Report of the Indian Hemp Drugs Commission, 1894-1895 - Volume I
Year: 1894
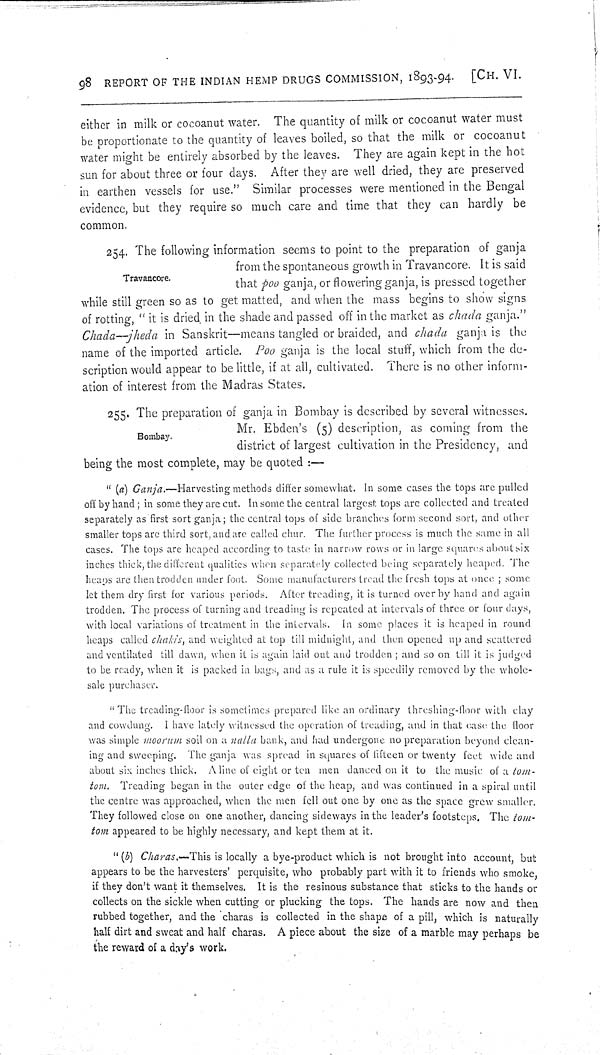
98 REPORT OF THE INDIAN HEMP DRUGS COMMISSION, 1893-94. [CH. VI.
either in milk or cocoanut water. The quantity of milk or cocoanut water must
be proportionate to the quantity of leaves boiled, so that the milk or cocoanut
water might be entirely absorbed by the leaves. They are again kept in the hot
sun for about three or four days. After they are well dried, they are preserved
in earthen vessels for use." Similar processes were mentioned in the Bengal
evidence, but they require so much care and time that they can hardly be
common.
Travancore.
254. The following information seems to point to the preparation of ganja
from the spontaneous growth in Travancore. It is said
that poo ganja, or flowering ganja, is pressed together
while still green so as to get matted, and when the mass begins to show signs
of rotting, "it is dried in the shade and passed off in the market as chada ganja."
Chada—jheda in Sanskrit—means tangled or braided, and chada ganja is the
name of the imported article. Poo ganja is the local stuff, which from the de-
scription would appear to be little, if at all, cultivated. There is no other inform-
ation of interest from the Madras States.
Bombay.
255. The preparation of ganja in Bombay is described by several witnesses.
Mr. Ebden's (5) description, as coming from the
district of largest cultivation in the Presidency, and
being the most complete, may be quoted:—
"(a) Ganja.—Harvesting methods differ somewhat. In some cases the tops are pulled
off by hand; in some they are cut. In some the central largest tops are collected and treated
separately as first sort ganja; the central tops of side branches form second sort, and other
smaller tops arc third sort, and are called chur. The further process is much the same in all
cases. The tops are heaped according to taste in narrow rows or in large squares about six
inches thick, the different qualities when separately collected being separately heaped. The
heaps are then trodden under foot. Some manufacturers tread the fresh tops at once; some
let them dry first for various periods. After treading, it is turned over by hand and again
trodden. The process of turning and treading is repeated at intervals of three or four days,
with local variations of treatment in the intervals. In some places it is heaped in round
heaps called chakis, and weighted at top till midnight, and then opened up and scattered
and ventilated till dawn, when it is again laid out and trodden; and so on till it is judged
to be ready, when it is packed in bags, and as a rule it is speedily removed by the whole-
sale purchaser.
"The treading-floor is sometimes prepared like an ordinary threshing-floor with clay
and cowdung. I have lately witnessed the operation of treading, and in that case the floor
was simple moorum soil on a nalla bank, and had undergone no preparation beyond clean-
ing and sweeping. The ganja was spread in squares of fifteen or twenty feet wide and
about six inches thick. A line of eight or ten men danced on it to the music of a tom-
tom. Treading began in the outer edge of the heap, and was continued in a spiral until
the centre was approached, when the men fell out one by one as the space grew smaller.
They followed close on one another, dancing sideways in the leader's footsteps. The tom-
tom appeared to be highly necessary, and kept them at it.
"(b) Charas.—This is locally a bye-product which is not brought into account, but
appears to be the harvesters' perquisite, who probably part with it to friends who smoke,
if they don't want it themselves. It is the resinous substance that sticks to the hands or
collects on the sickle when cutting or plucking the tops. The hands are now and then
rubbed together, and the charas is collected in the shape of a pill, which is naturally
half dirt and sweat and half charas. A piece about the size of a marble may perhaps be
the reward of a day's work.